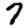
Digit: 7